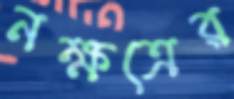
নক্ষত্রের